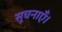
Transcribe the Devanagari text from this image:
सूचनाएँ।